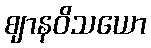
ဈာနဝိသယော